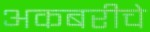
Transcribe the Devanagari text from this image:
अकबरीचे